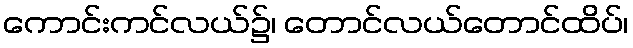
ကောင်းကင်လယ်၌၊ တောင်လယ်တောင်ထိပ်၊